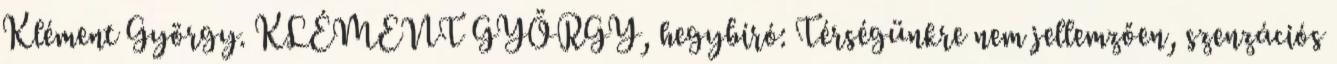
Klément György. KLÉMENT GYÖRGY, hegybíró: Térségünkre nem jellemzően, szenzációs